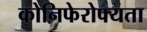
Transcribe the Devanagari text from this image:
कोनिफेरोफ्यता